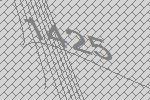
1425